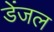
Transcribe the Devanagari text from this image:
डेंजल